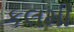
કલમી